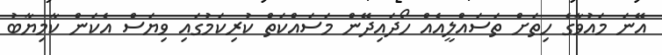
އޭނަ މައުވާގެ ހިތަށް ތަސައްލީއެއް ހޯދައިދޭން މަސައްކަތް ކުރިކަމުގައި ވިޔަސް އެކަން ކާމިޔާބު